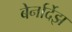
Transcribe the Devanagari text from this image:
बेर्नार्देझ